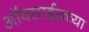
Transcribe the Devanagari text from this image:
ऑक्साईडच्या